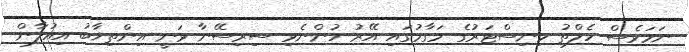
ނަމަވެސް ހެލްތު މިނިސްޓަރުގެ މަގާމުގައި އޭރު ހުންނެވި ސިރިސޭނާ ވަނީ އިންތިޚާބު އިއުލާން